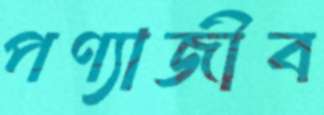
পণ্যাজীব